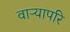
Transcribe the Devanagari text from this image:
वाऱ्यापरि